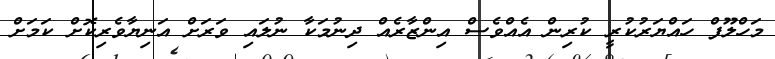
މަހްލޫފް ހައްޔަރުކުރީ ކުރިން އެއްވެސް އިންޒާރެއް ދިނުމަކާ ނުލައި ވަރަށް އަނިޔާވެރިކޮށް ކަމަށް